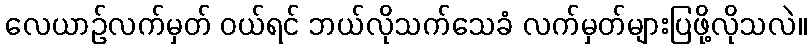
လေယာဉ်လက်မှတ် ဝယ်ရင် ဘယ်လိုသက်သေခံ လက်မှတ်များပြဖို့လိုသလဲ။